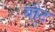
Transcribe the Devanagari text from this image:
यौट